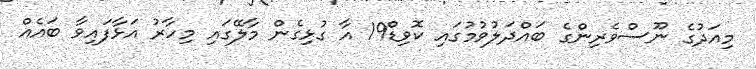
މިއަދުގެ ނޫސްވެރިންގެ ބައްދަލުވުމުގައި ކޮވިޑް19 އާ ގުޅިގެން މާލޭގައި މިހާރު އަޅާފައިވާ ބައެއް